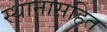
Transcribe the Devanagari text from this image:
स्थानासहित